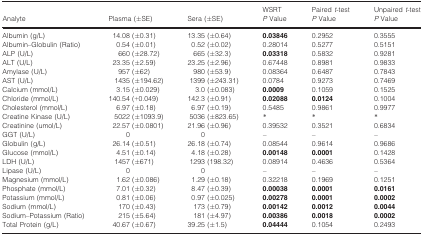
<table><thead><tr><td rowspan="2"><b>Analyte</b></td><td rowspan="2"><b>Plasma (±SE)</b></td><td rowspan="2"><b>Sera (±SE)</b></td><td><b>WSRT</b></td><td><b>Paired <i>t</i>‐test</b></td><td><b>Unpaired <i>t</i>‐test</b></td></tr><tr><td><b><i>P</i> Value</b></td><td><b><i>P</i> Value</b></td><td><b><i>P</i> Value</b></td></tr></thead><tbody><tr><td>Albumin (g/L)</td><td>14.08 (±0.31)</td><td>13.35 (±0.64)</td><td><b>0.03846</b></td><td>0.2952</td><td>0.3555</td></tr><tr><td>Albumin–Globulin (Ratio)</td><td>0.54 (±0.01)</td><td>0.52 (±0.02)</td><td>0.28014</td><td>0.5277</td><td>0.5151</td></tr><tr><td>ALP (U/L)</td><td>660 (±28.72)</td><td>665 (±32.3)</td><td><b>0.03318</b></td><td>0.5832</td><td>0.9281</td></tr><tr><td>ALT (U/L)</td><td>23.35 (±2.59)</td><td>23.25 (±2.96)</td><td>0.67448</td><td>0.8981</td><td>0.9833</td></tr><tr><td>Amylase (U/L)</td><td>957 (±62)</td><td>980 (±53.9)</td><td>0.08364</td><td>0.6487</td><td>0.7843</td></tr><tr><td>AST (U/L)</td><td>1435 (±194.62)</td><td>1399 (±243.31)</td><td>0.0784</td><td>0.9273</td><td>0.7469</td></tr><tr><td>Calcium (mmol/L)</td><td>3.15 (±0.029)</td><td>3.0 (±0.083)</td><td><b>0.0009</b></td><td>0.1059</td><td>0.1525</td></tr><tr><td>Chloride (mmol/L)</td><td>140.54 (+0.049)</td><td>142.3 (±0.91)</td><td><b>0.02088</b></td><td><b>0.0124</b></td><td>0.1004</td></tr><tr><td>Cholesterol (mmol/L)</td><td>6.97 (±0.18)</td><td>6.97 (±0.19)</td><td>0.5485</td><td>0.9861</td><td>0.9977</td></tr><tr><td>Creatine Kinase (U/L)</td><td>5022 (±1093.9)</td><td>5036 (±823.65)</td><td>*</td><td>*</td><td>*</td></tr><tr><td>Creatinine (umol/L)</td><td>22.57 (±0.0801)</td><td>21.96 (±0.96)</td><td>0.39532</td><td>0.3521</td><td>0.6834</td></tr><tr><td>GGT (U/L)</td><td>0</td><td>0</td><td>–</td><td>–</td><td>–</td></tr><tr><td>Globulin (g/L)</td><td>26.14 (±0.51)</td><td>26.18 (±0.74)</td><td>0.08544</td><td>0.9614</td><td>0.9686</td></tr><tr><td>Glucose (mmol/L)</td><td>4.51 (±0.14)</td><td>4.18 (±0.28)</td><td><b>0.00148</b></td><td><b>0.0001</b></td><td>0.1428</td></tr><tr><td>LDH (U/L)</td><td>1457 (±671)</td><td>1293 (198.32)</td><td>0.08914</td><td>0.4636</td><td>0.5364</td></tr><tr><td>Lipase (U/L)</td><td>0</td><td>0</td><td>–</td><td>–</td><td>–</td></tr><tr><td>Magnesium (mmol/L)</td><td>1.62 (±0.086)</td><td>1.29 (±0.18)</td><td>0.32218</td><td>0.1969</td><td>0.1251</td></tr><tr><td>Phosphate (mmol/L)</td><td>7.01 (±0.32)</td><td>8.47 (±0.39)</td><td><b>0.00038</b></td><td><b>0.0001</b></td><td><b>0.0161</b></td></tr><tr><td>Potassium (mmol/L)</td><td>0.81 (±0.06)</td><td>0.97 (±0.025)</td><td><b>0.00278</b></td><td><b>0.0001</b></td><td><b>0.0002</b></td></tr><tr><td>Sodium (mmol/L)</td><td>170 (±0.43)</td><td>173 (±0.79)</td><td><b>0.00142</b></td><td><b>0.0012</b></td><td><b>0.0044</b></td></tr><tr><td>Sodium–Potassium (Ratio)</td><td>215 (±5.64)</td><td>181 (±4.97)</td><td><b>0.00386</b></td><td><b>0.0018</b></td><td><b>0.0002</b></td></tr><tr><td>Total Protein (g/L)</td><td>40.67 (±0.67)</td><td>39.25 (±1.5)</td><td><b>0.04444</b></td><td>0.1054</td><td>0.2493</td></tr></tbody></table>